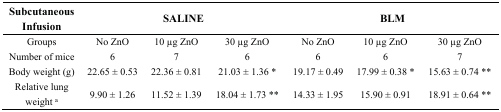
<table><thead><tr><td><b>Subcutaneous Infusion</b></td><td colspan="3"><b>SALINE</b></td><td colspan="3"><b>BLM</b></td></tr></thead><tbody><tr><td>Groups</td><td>No ZnO</td><td>10 μg ZnO</td><td>30 μg ZnO</td><td>No ZnO</td><td>10 μg ZnO</td><td>30 μg ZnO</td></tr><tr><td>Number of mice</td><td>6</td><td>7</td><td>6</td><td>6</td><td>6</td><td>7</td></tr><tr><td>Body weight (g)</td><td>22.65 ± 0.53</td><td>22.36 ± 0.81</td><td>21.03 ± 1.36 *</td><td>19.17 ± 0.49</td><td>17.99 ± 0.38 *</td><td>15.63 ± 0.74 **</td></tr><tr><td>Relative lung weight <sup>a</sup></td><td>9.90 ± 1.26</td><td>11.52 ± 1.39</td><td>18.04 ± 1.73 **</td><td>14.33 ± 1.95</td><td>15.90 ± 0.91</td><td>18.91 ± 0.64 **</td></tr></tbody></table>